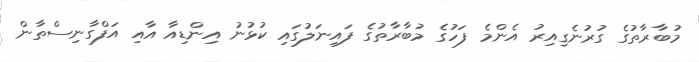
މުބާރާތުގެ ގުރުނެގިއިރު އެންމެ ފަހުގެ މުބާރާތުގެ ފައިނަލުގައި ކުޅުނު އިންޑިއާ އާއި އަފްގާނިސްތާން